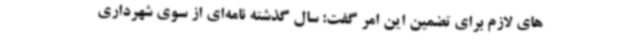
های لازم برای تضمین این امر گفت: سال گذشته نامه‌ای از سوی شهرداری